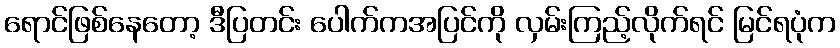
ရောင်ဖြစ်နေတော့ ဒီပြတင်း ပေါက်ကအပြင်ကို လှမ်းကြည့်လိုက်ရင် မြင်ရပုံက